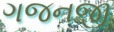
ગજનજી